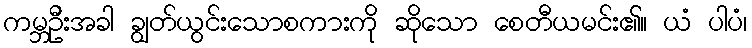
ကမ္ဘဦးအခါ ချွတ်ယွင်းသောစကားကို ဆိုသော စေတီယမင်း၏။ ယံ ပါပံ၊